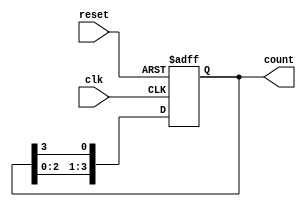
module JohnsonGrayCounter(
    input wire clk,
    input wire reset,
    output reg [3:0] count
);

reg [3:0] temp;

always @(posedge clk or posedge reset) begin
    if (reset) begin
        temp <= 4'b0000;
    end else begin
        temp <= {temp[2:0], temp[3]};
    end
end

assign count = temp;

endmodule